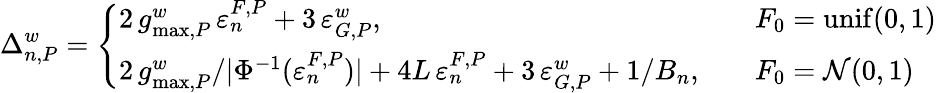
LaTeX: \Delta_{n,P}^{w}=\left\{ \begin{array}{ll}{2\, g_{\operatorname*{max},P}^{w}\, \varepsilon_{n}^{F,P}+3\, \varepsilon_{G,P}^{w},\quad}&{F_{0}=\mathrm{unif}(0,1)}\\ {2\, g_{\operatorname*{max},P}^{w}/|\Phi^{-1}(\varepsilon_{n}^{F,P})|+4L\, \varepsilon_{n}^{F,P}+3\, \varepsilon_{G,P}^{w}+1/B_{n},\quad}&{F_{0}=\mathcal{N}(0,1)}\end{array}\right.